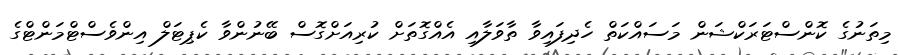
މިތަނުގެ ކޮންސްޓަރަކްޝަން މަސައްކަތް ހެދިފައިވާ ތާވަލާއި އެއްގޮތަށް ކުރިއަށްގޮސް ބޭނުންވާ ކެޕިޓަލް އިންވެސްޓްމަންޓްގެ